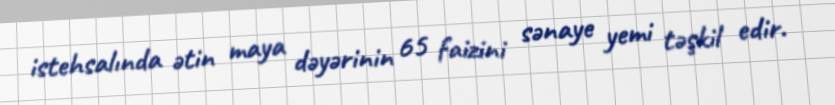
istehsalında ətin maya dəyərinin 65 faizini sənaye yemi təşkil edir.